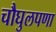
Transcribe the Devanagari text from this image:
चौघुलपणा